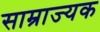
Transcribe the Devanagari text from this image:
साम्राज्यक